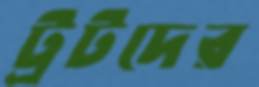
ট্রটদের